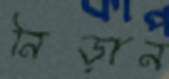
নিড়ান